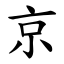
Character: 京